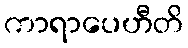
ကာရာပေဟီတိ